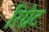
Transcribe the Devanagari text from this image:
रिग्रेट